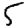
Digit: 5